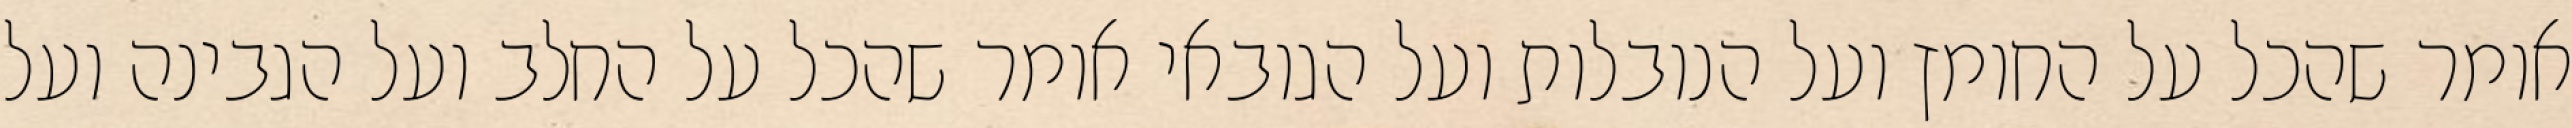
אומר שהכל על החומץ ועל הנובלות ועל הגובאי אומר שהכל על החלב ועל הגבינה ועל